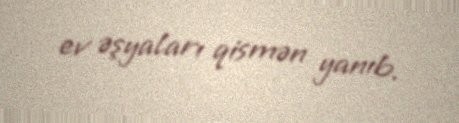
ev əşyaları qismən yanıb.